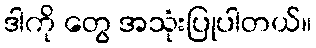
ဒါကို တွေ အသုံးပြုပါတယ်။